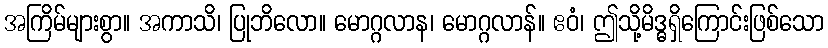
အကြိမ်များစွာ။ အကာသိ၊ ပြုဘိလော။ မောဂ္ဂလာန၊ မောဂ္ဂလာန်။ ဧဝံ၊ ဤသို့မိဒ္ဓရှိကြောင်းဖြစ်သော